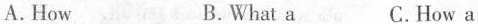
A. How B. What a C. How a